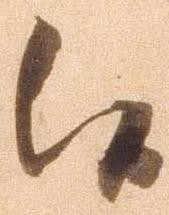
候